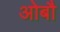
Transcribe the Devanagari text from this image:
ओबौ